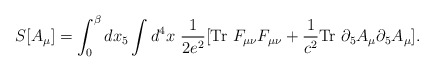
\begin{align*}S[A_\mu] = \int_0^\beta dx_5 \int d^4x \ \frac{1}{2 e^2}[\mbox{Tr} \ F_{\mu\nu} F_{\mu\nu} + \frac{1}{c^2} \mbox{Tr} \ \partial_5 A_\mu \partial_5 A_\mu].\end{align*}